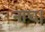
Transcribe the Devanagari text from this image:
नाच।